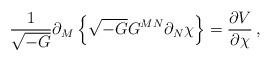
LaTeX: \begin{align*}\frac{1}{\sqrt{-G}}\partial_M\left\{\sqrt{-G}G^{MN}\partial_N\chi\right\}=\frac{\partial V}{\partial \chi}\, ,\end{align*}